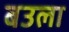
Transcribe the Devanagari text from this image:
बउला